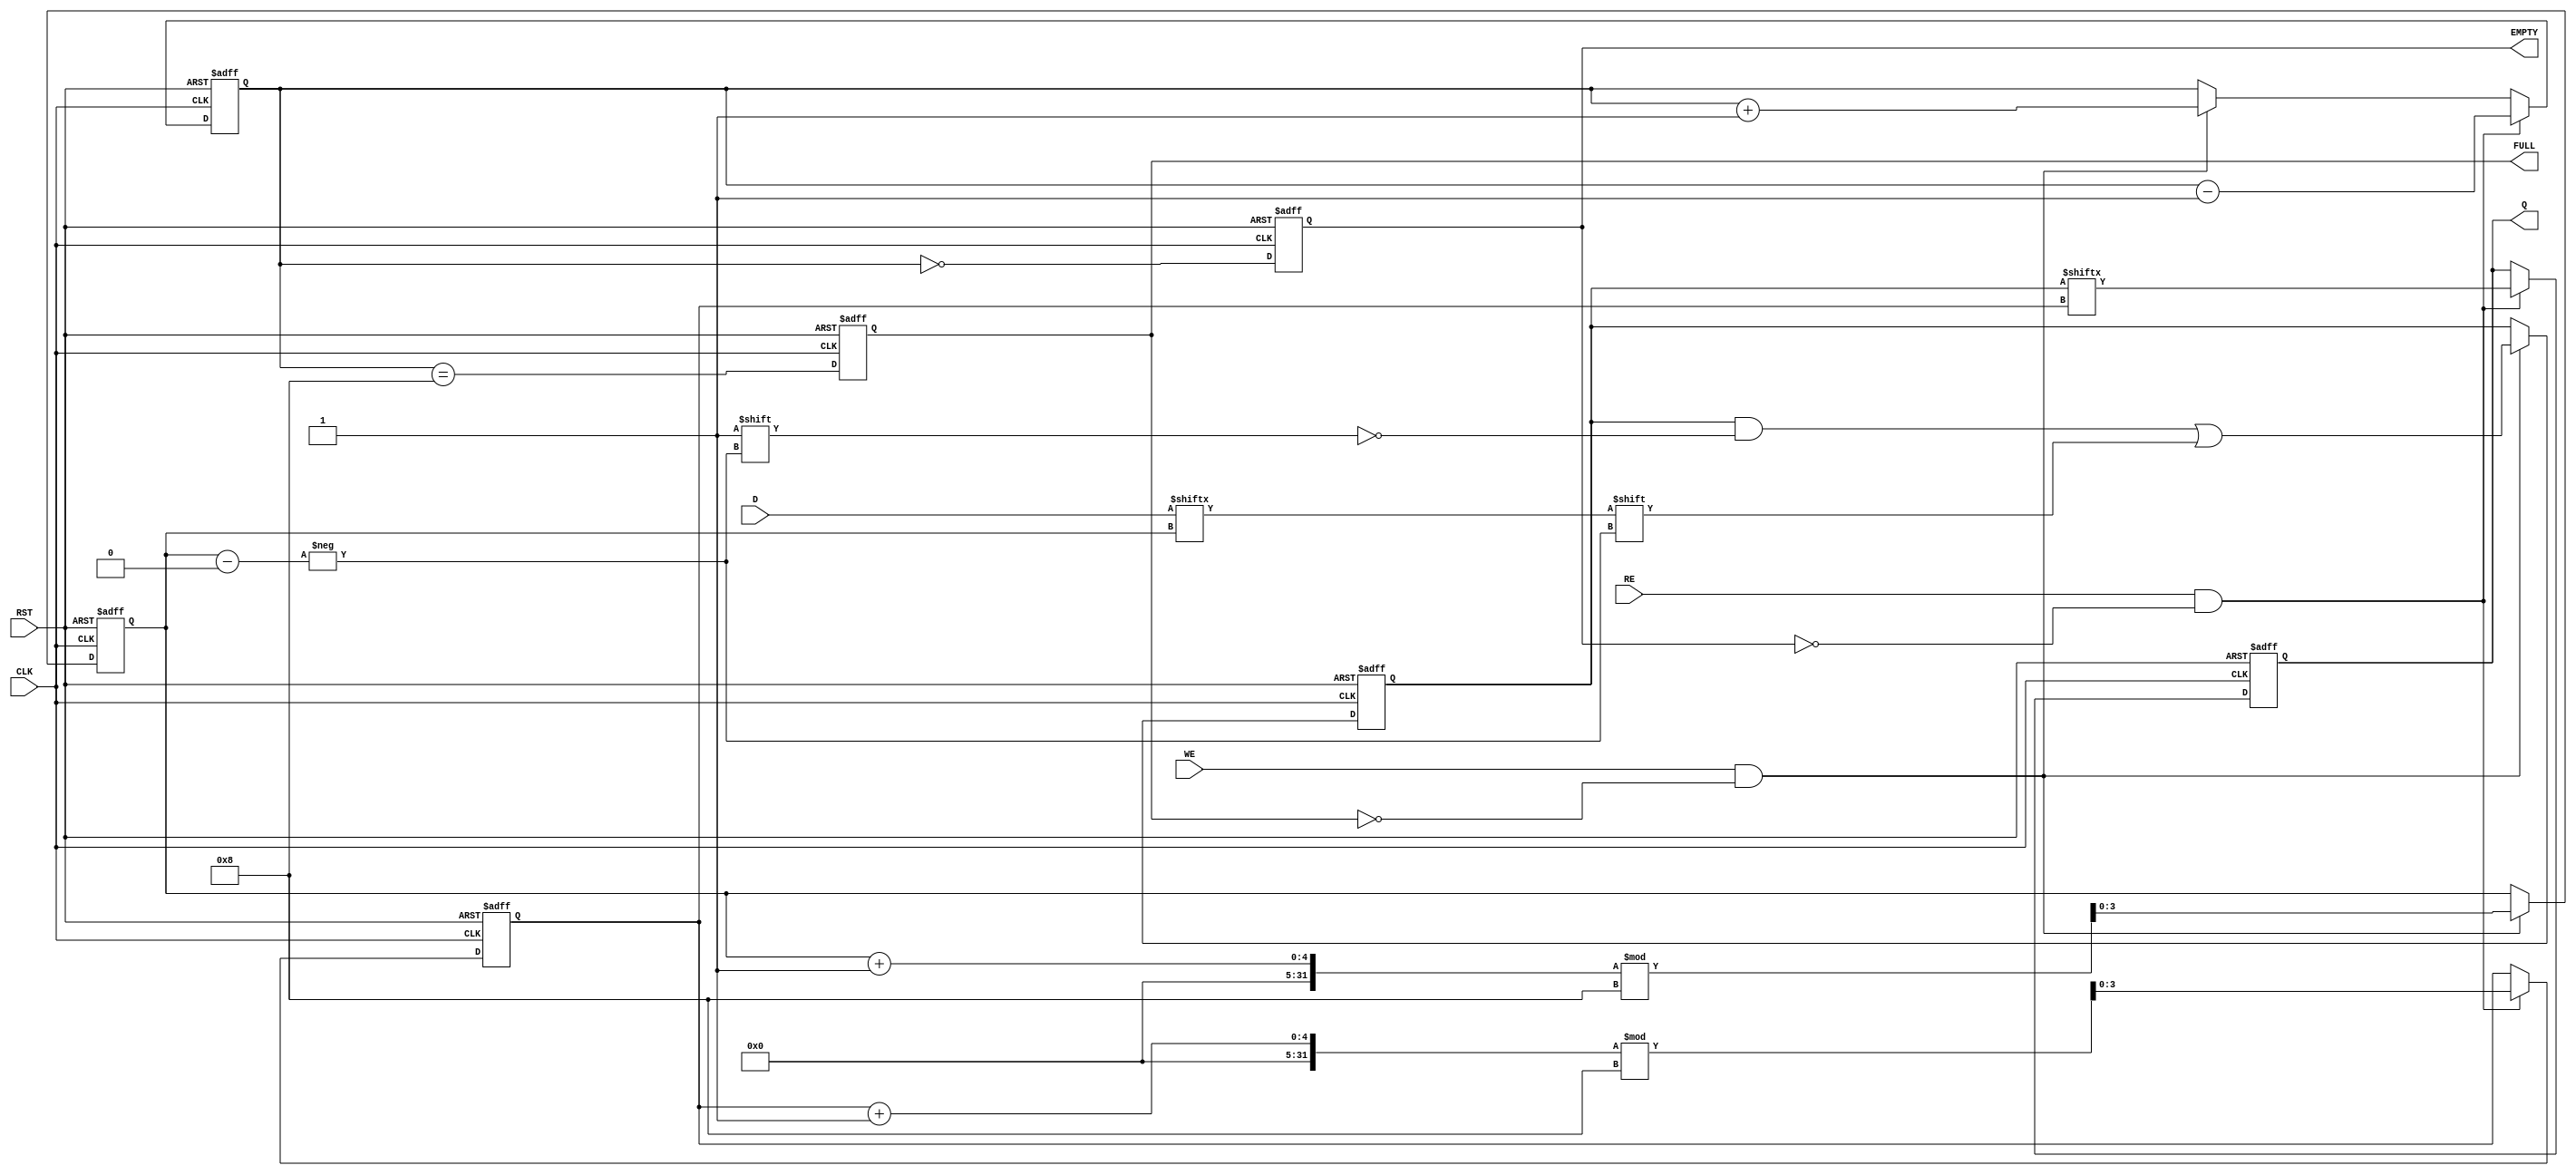
module fifo_piso #(
    parameter N = 8 // Number of bits in the FIFO
)(
    input  wire [N-1:0] D,      // Parallel Data Input
    input  wire WE,              // Write Enable
    input  wire RE,              // Read Enable
    input  wire CLK,             // Clock
    input  wire RST,             // Reset
    output reg  Q,               // Serial Data Output
    output reg  EMPTY,           // Empty Flag
    output reg  FULL             // Full Flag
);

    reg [N-1:0] fifo;            // Storage array for FIFO
    reg [3:0] write_pointer;      // Write pointer
    reg [3:0] read_pointer;       // Read pointer
    reg [3:0] count;              // Count of stored bits

    // Asynchronous reset
    always @(posedge CLK or posedge RST) begin
        if (RST) begin
            fifo <= 0;
            write_pointer <= 0;
            read_pointer <= 0;
            count <= 0;
            Q <= 0;
            EMPTY <= 1;
            FULL <= 0;
        end else begin
            // Write operation
            if (WE && !FULL) begin
                fifo[write_pointer] <= D[write_pointer]; // Store data in FIFO
                write_pointer <= (write_pointer + 1) % N; // Update write pointer
                count <= count + 1; // Increment count
            end
            
            // Read operation
            if (RE && !EMPTY) begin
                Q <= fifo[read_pointer]; // Output data serially
                read_pointer <= (read_pointer + 1) % N; // Update read pointer
                count <= count - 1; // Decrement count
            end
            
            // Update EMPTY and FULL flags
            EMPTY <= (count == 0);
            FULL <= (count == N);
        end
    end

endmodule